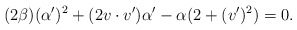
\begin{align*}(2\beta)(\alpha')^2 + (2v\cdot v')\alpha' -\alpha(2 + (v')^2) = 0.\end{align*}